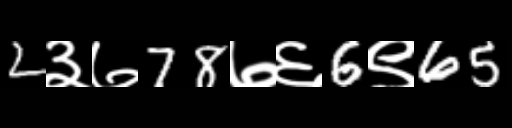
Text: 2३७78७६6९65